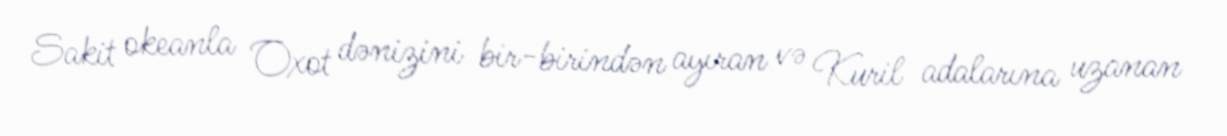
Sakit okeanla Oxot dənizini bir-birindən ayıran və Kuril adalarına uzanan